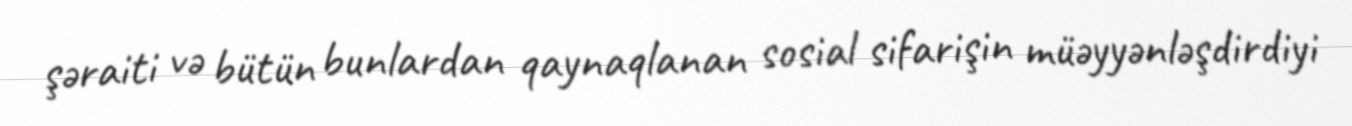
şəraiti və bütün bunlardan qaynaqlanan sosial sifarişin müəyyənləşdirdiyi